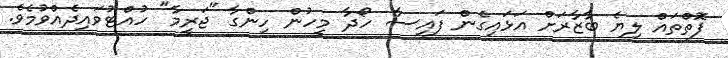
ފޮތްތައް ލިޔެ ބާޒާރަށް އަޅައިގެން ފައިސާ ހޯދާ މީހުން ހިންގާ "ޖަރީމާ" ހުއްޓުވައިދެއްވުމެވެ.